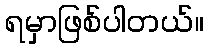
ရမှာဖြစ်ပါတယ်။